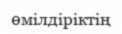
өмілдіріктің